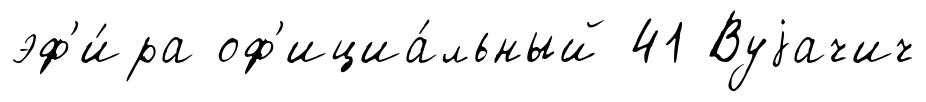
эф'и́ра оф'ициа́льный 41 Вуjачич